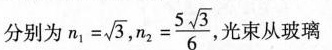
分别为$$n _ { 1 } = \sqrt { 3 }$$,$$n _ { 2 } = \frac { 5 \sqrt { 3 } } { 6 }$$光束从玻璃